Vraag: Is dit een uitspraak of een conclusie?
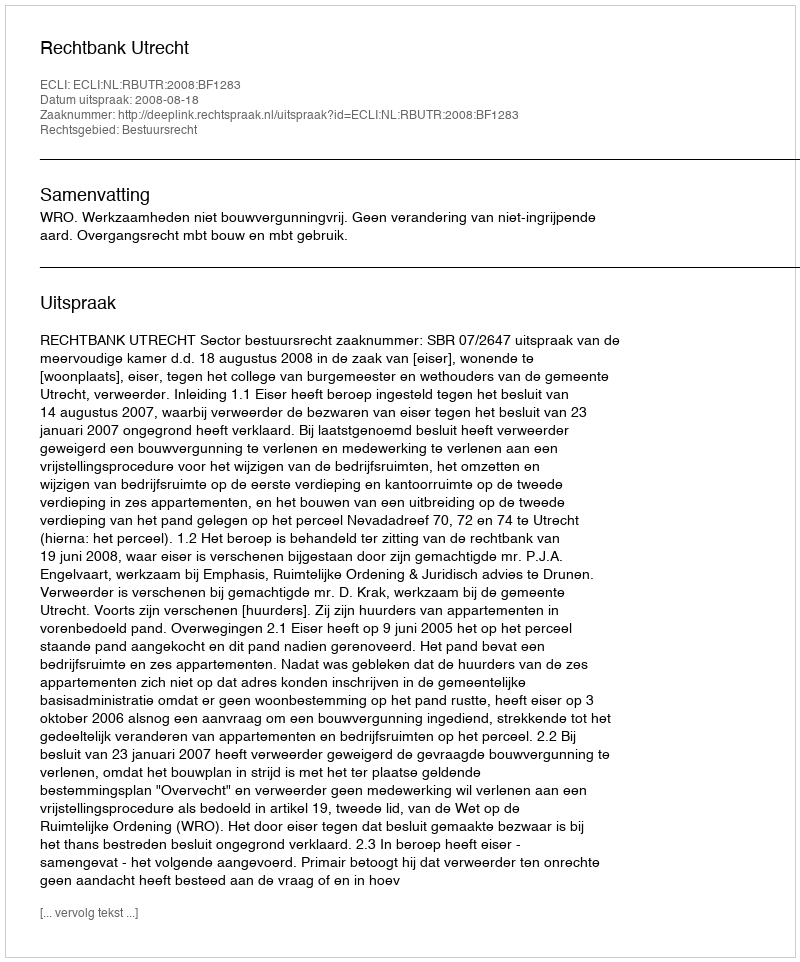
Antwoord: Uitspraak